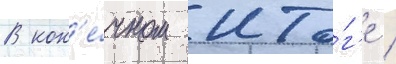
В кон'е́чном ито́г'е /